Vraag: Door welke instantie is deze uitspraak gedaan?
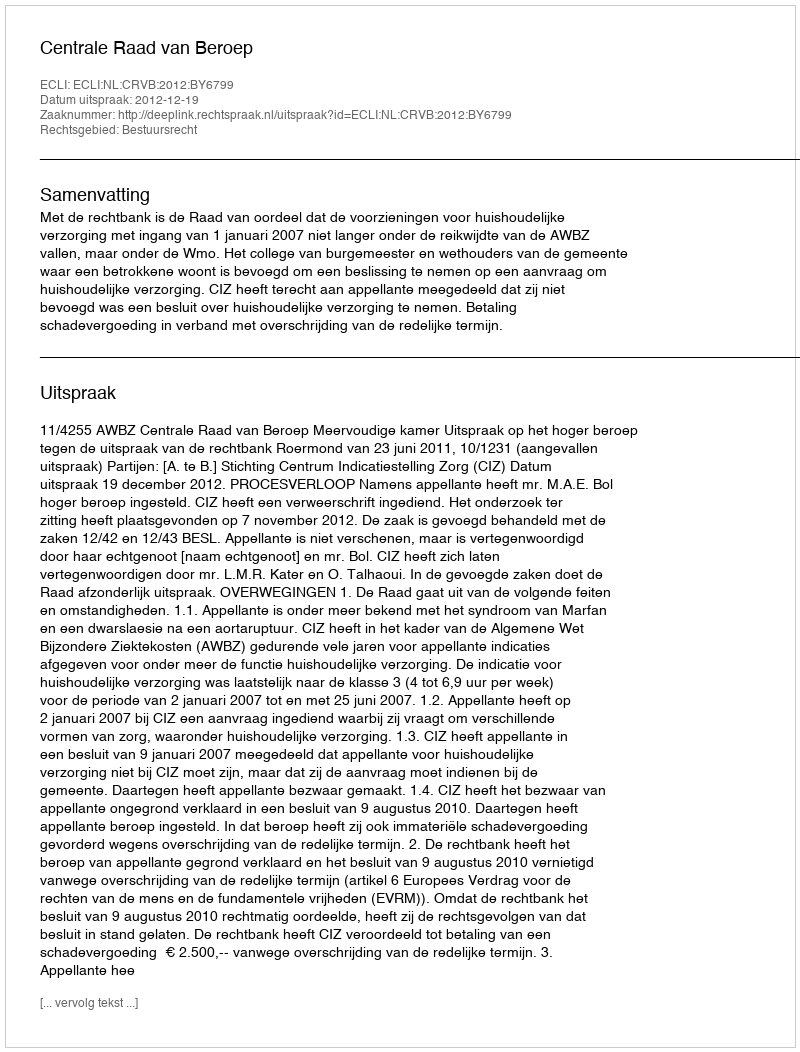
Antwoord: Centrale Raad van Beroep